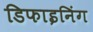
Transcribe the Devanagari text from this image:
डिफाइनिंग